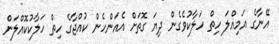
އޭނާގެ އަމިއްލަ ހިތް ހަލާކުވެގެން ދިޔަ ގޮތަށް އެއަންހެން ކުއްޖާގެ ހިތް ހަލާކުކޮއްލަން